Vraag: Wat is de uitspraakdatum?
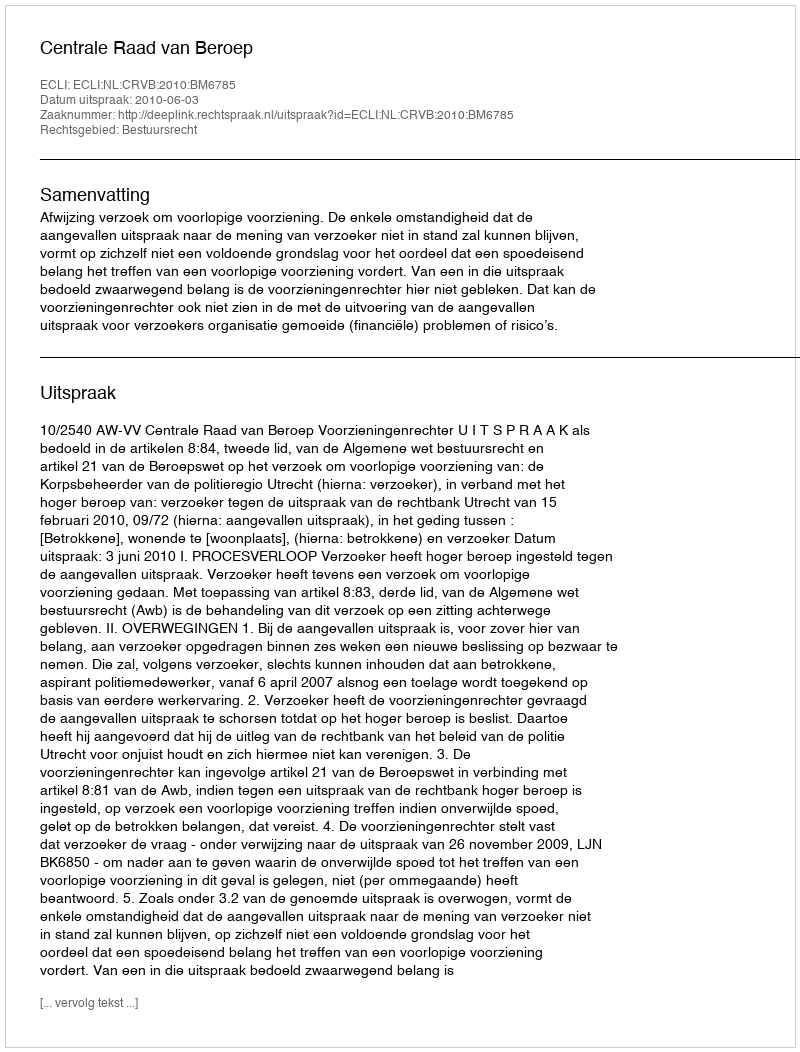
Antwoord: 2010-06-03